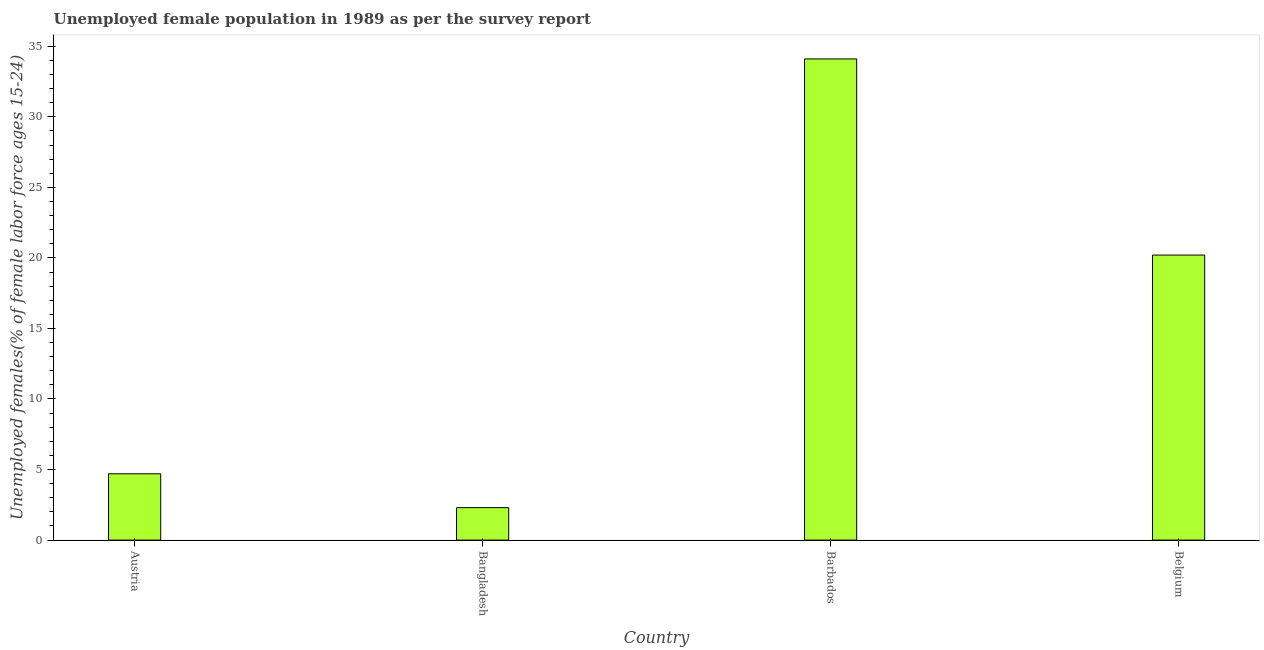
| Country | Unemployment youth female |
 | --- | --- |
 | Austria | 4.7 |
 | Bangladesh | 2.3 |
 | Barbados | 34.1 |
 | Belgium | 20.2 |